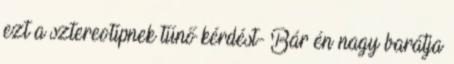
ezt a sztereotípnek tűnő kérdést- Bár én nagy barátja